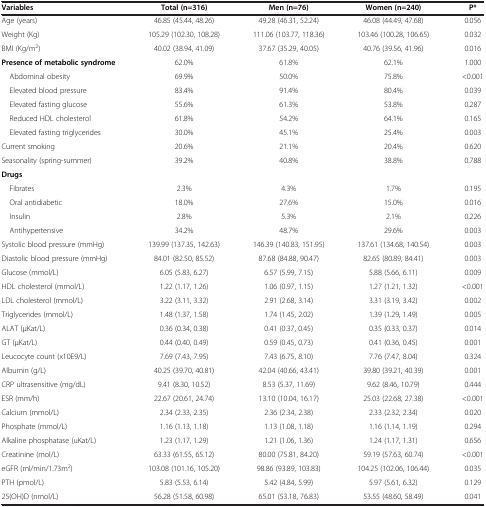
<table><thead><tr><td><b>Variables</b></td><td><b>Total (n=316)</b></td><td><b>Men (n=76)</b></td><td><b>Women (n=240)</b></td><td><b>P*</b></td></tr></thead><tbody><tr><td>Age (years)</td><td>46.85 (45.44, 48.26)</td><td>49.28 (46.31, 52.24)</td><td>46.08 (44.49, 47.68)</td><td>0.056</td></tr><tr><td>Weight (Kg)</td><td>105.29 (102.30, 108.28)</td><td>111.06 (103.77, 118.36)</td><td>103.46 (100.28, 106.65)</td><td>0.032</td></tr><tr><td>BMI (Kg/m<sup>2</sup>)</td><td>40.02 (38.94, 41.09)</td><td>37.67 (35.29, 40.05)</td><td>40.76 (39.56, 41.96)</td><td>0.016</td></tr><tr><td><b>Presence of metabolic syndrome</b></td><td>62.0%</td><td>61.8%</td><td>62.1%</td><td>1.000</td></tr><tr><td> Abdominal obesity</td><td>69.9%</td><td>50.0%</td><td>75.8%</td><td>&lt;0.001</td></tr><tr><td> Elevated blood pressure</td><td>83.4%</td><td>91.4%</td><td>80.4%</td><td>0.039</td></tr><tr><td> Elevated fasting glucose</td><td>55.6%</td><td>61.3%</td><td>53.8%</td><td>0.287</td></tr><tr><td> Reduced HDL cholesterol</td><td>61.8%</td><td>54.2%</td><td>64.1%</td><td>0.165</td></tr><tr><td> Elevated fasting triglycerides</td><td>30.0%</td><td>45.1%</td><td>25.4%</td><td>0.003</td></tr><tr><td>Current smoking</td><td>20.6%</td><td>21.1%</td><td>20.4%</td><td>0.620</td></tr><tr><td>Seasonality (spring-summer)</td><td>39.2%</td><td>40.8%</td><td>38.8%</td><td>0.788</td></tr><tr><td><b>Drugs</b></td><td> </td><td> </td><td> </td><td> </td></tr><tr><td> Fibrates</td><td>2.3%</td><td>4.3%</td><td>1.7%</td><td>0.195</td></tr><tr><td> Oral antidiabetic</td><td>18.0%</td><td>27.6%</td><td>15.0%</td><td>0.016</td></tr><tr><td> Insulin</td><td>2.8%</td><td>5.3%</td><td>2.1%</td><td>0.226</td></tr><tr><td> Antihypertensive</td><td>34.2%</td><td>48.7%</td><td>29.6%</td><td>0.003</td></tr><tr><td>Systolic blood pressure (mmHg)</td><td>139.99 (137.35, 142.63)</td><td>146.39 (140.83, 151.95)</td><td>137.61 (134.68, 140.54)</td><td>0.003</td></tr><tr><td>Diastolic blood pressure (mmHg)</td><td>84.01 (82.50, 85.52)</td><td>87.68 (84.88, 90.47)</td><td>82.65 (80.89, 84.41)</td><td>0.003</td></tr><tr><td>Glucose (mmol/L)</td><td>6.05 (5.83, 6.27)</td><td>6.57 (5.99, 7.15)</td><td>5.88 (5.66, 6.11)</td><td>0.009</td></tr><tr><td>HDL cholesterol (mmol/L)</td><td>1.22 (1.17, 1.26)</td><td>1.06 (0.97, 1.15)</td><td>1.27 (1.21, 1.32)</td><td>&lt;0.001</td></tr><tr><td>LDL cholesterol (mmol/L)</td><td>3.22 (3.11, 3.32)</td><td>2.91 (2.68, 3.14)</td><td>3.31 (3.19, 3.42)</td><td>0.002</td></tr><tr><td>Triglycerides (mmol/L)</td><td>1.48 (1.37, 1.58)</td><td>1.74 (1.45, 2.02)</td><td>1.39 (1.29, 1.49)</td><td>0.005</td></tr><tr><td>ALAT (μKat/L)</td><td>0.36 (0.34, 0.38)</td><td>0.41 (0.37, 0.45)</td><td>0.35 (0.33, 0.37)</td><td>0.014</td></tr><tr><td>GT (μKat/L)</td><td>0.44 (0.40, 0.49)</td><td>0.59 (0.45, 0.73)</td><td>0.41 (0.36, 0.45)</td><td>0.001</td></tr><tr><td>Leucocyte count (x10E9/L)</td><td>7.69 (7.43, 7.95)</td><td>7.43 (6.75, 8.10)</td><td>7.76 (7.47, 8.04)</td><td>0.324</td></tr><tr><td>Albumin (g/L)</td><td>40.25 (39.70, 40.81)</td><td>42.04 (40.66, 43.41)</td><td>39.80 (39.21, 40.39)</td><td>0.001</td></tr><tr><td>CRP ultrasensitive (mg/dL)</td><td>9.41 (8.30, 10.52)</td><td>8.53 (5.37, 11.69)</td><td>9.62 (8.46, 10.79)</td><td>0.444</td></tr><tr><td>ESR (mm/h)</td><td>22.67 (20.61, 24.74)</td><td>13.10 (10.04, 16.17)</td><td>25.03 (22.68, 27.38)</td><td>&lt;0.001</td></tr><tr><td>Calcium (mmol/L)</td><td>2.34 (2.33, 2.35)</td><td>2.36 (2.34, 2.38)</td><td>2.33 (2.32, 2.34)</td><td>0.020</td></tr><tr><td>Phosphate (mmol/L)</td><td>1.16 (1.13, 1.18)</td><td>1.13 (1.08, 1.18)</td><td>1.16 (1.14, 1.19)</td><td>0.294</td></tr><tr><td>Alkaline phosphatase (uKat/L)</td><td>1.23 (1.17, 1.29)</td><td>1.21 (1.06, 1.36)</td><td>1.24 (1.17, 1.31)</td><td>0.656</td></tr><tr><td>Creatinine (mol/L)</td><td>63.33 (61.55, 65.12)</td><td>80.00 (75.81, 84.20)</td><td>59.19 (57.63, 60.74)</td><td>&lt;0.001</td></tr><tr><td>eGFR (ml/min/1.73m<sup>2</sup>)</td><td>103.08 (101.16, 105.20)</td><td>98.86 (93.89, 103.83)</td><td>104.25 (102.06, 106.44)</td><td>0.035</td></tr><tr><td>PTH (pmol/L)</td><td>5.83 (5.53, 6.14)</td><td>5.42 (4.84, 5.99)</td><td>5.97 (5.61, 6.32)</td><td>0.129</td></tr><tr><td>25(OH)D (nmol/L)</td><td>56.28 (51.58, 60.98)</td><td>65.01 (53.18, 76.83)</td><td>53.55 (48.60, 58.49)</td><td>0.041</td></tr></tbody></table>